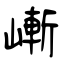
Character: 嶃